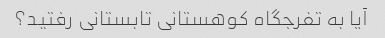
آیا به تفرجگاه کوهستانی تابستانی رفتید؟